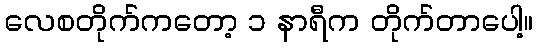
လေစတိုက်ကတော့ ၁ နာရီက တိုက်တာပေါ့။